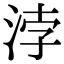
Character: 浡